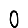
Digit: 0